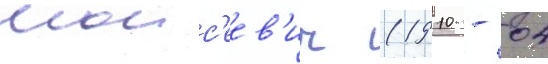
моис'еев'ич (1910 - 04